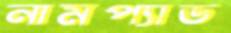
নামপ্যাড